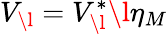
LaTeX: {V}_{\l}={V}_{\l}^{*}\l\eta_{M}